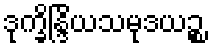
ဒုက္ခိန္ဒြိယသမုဒယဉ္စ